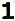
1